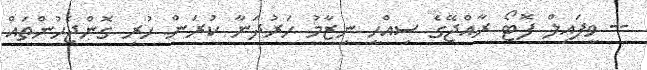
-- ވީފައިލް ފޮޓޯ ރާއްޖޭގެ ސިއްހީ ނިޒާމު ހަރުދަނާ ކުރަން ހުރި ގޮންޖެހުންތައް